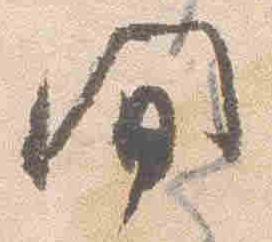
間